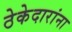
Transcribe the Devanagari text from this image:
ठेकेदारांना